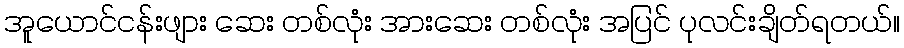
အူယောင်ငန်းဖျား ဆေး တစ်လုံး အားဆေး တစ်လုံး အပြင် ပုလင်းချိတ်ရတယ်။